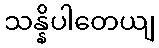
သန္နိပါတေယျ